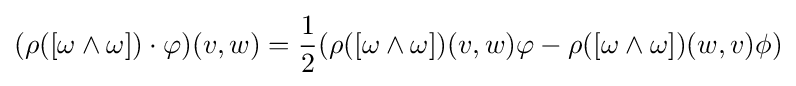
(\rho ([\omega \wedge \omega ])\cdot \varphi )(v,w)={1 \over 2}(\rho ([\omega \wedge \omega ])(v,w)\varphi -\rho ([\omega \wedge \omega ])(w,v)\phi )